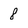
Character: 8